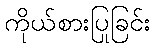
ကိုယ်စားပြုခြင်း